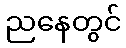
ညနေတွင်